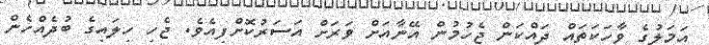
އަމަލުގެ ވާހަކަތައް ދައްކަން ޖެހުމުން އޭނާއަށް ވަރަށް އަސަރުކޮށްފިއެވެ. ޖެހި ހިލައިގެ ބުދެއްހެން